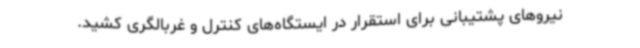
نیروهای پشتیبانی برای استقرار در ایستگاه‌های کنترل و غربالگری کشید.